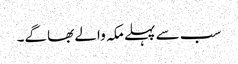
سب سے پہلے مکہ والے بھاگے۔